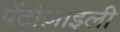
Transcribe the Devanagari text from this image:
पेंटोज़ाइली